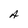
Character: A